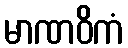
မာဏဝိကံ